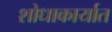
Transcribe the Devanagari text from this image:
शोधाकार्यात